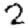
Digit: 2